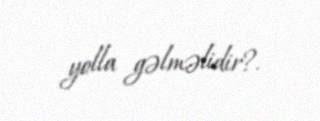
yolla gəlməlidir?.